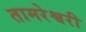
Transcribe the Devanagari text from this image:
तामरेश्वरी